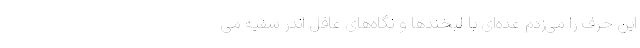
این حرف را می‌زدم عده‌ای با لبخندها و نگاه‌های عاقل اندر سفیه می‌